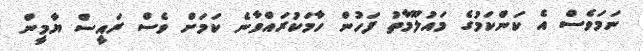
ނަމަވެސް އެ ކަންކަމުގެ މައުލޫމާތު ފަހުން ހާމަކުރައްވާނެ ކަމަށް ވެސް ރައީސް ޔާމީން